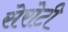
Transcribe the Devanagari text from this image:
सेरोटी